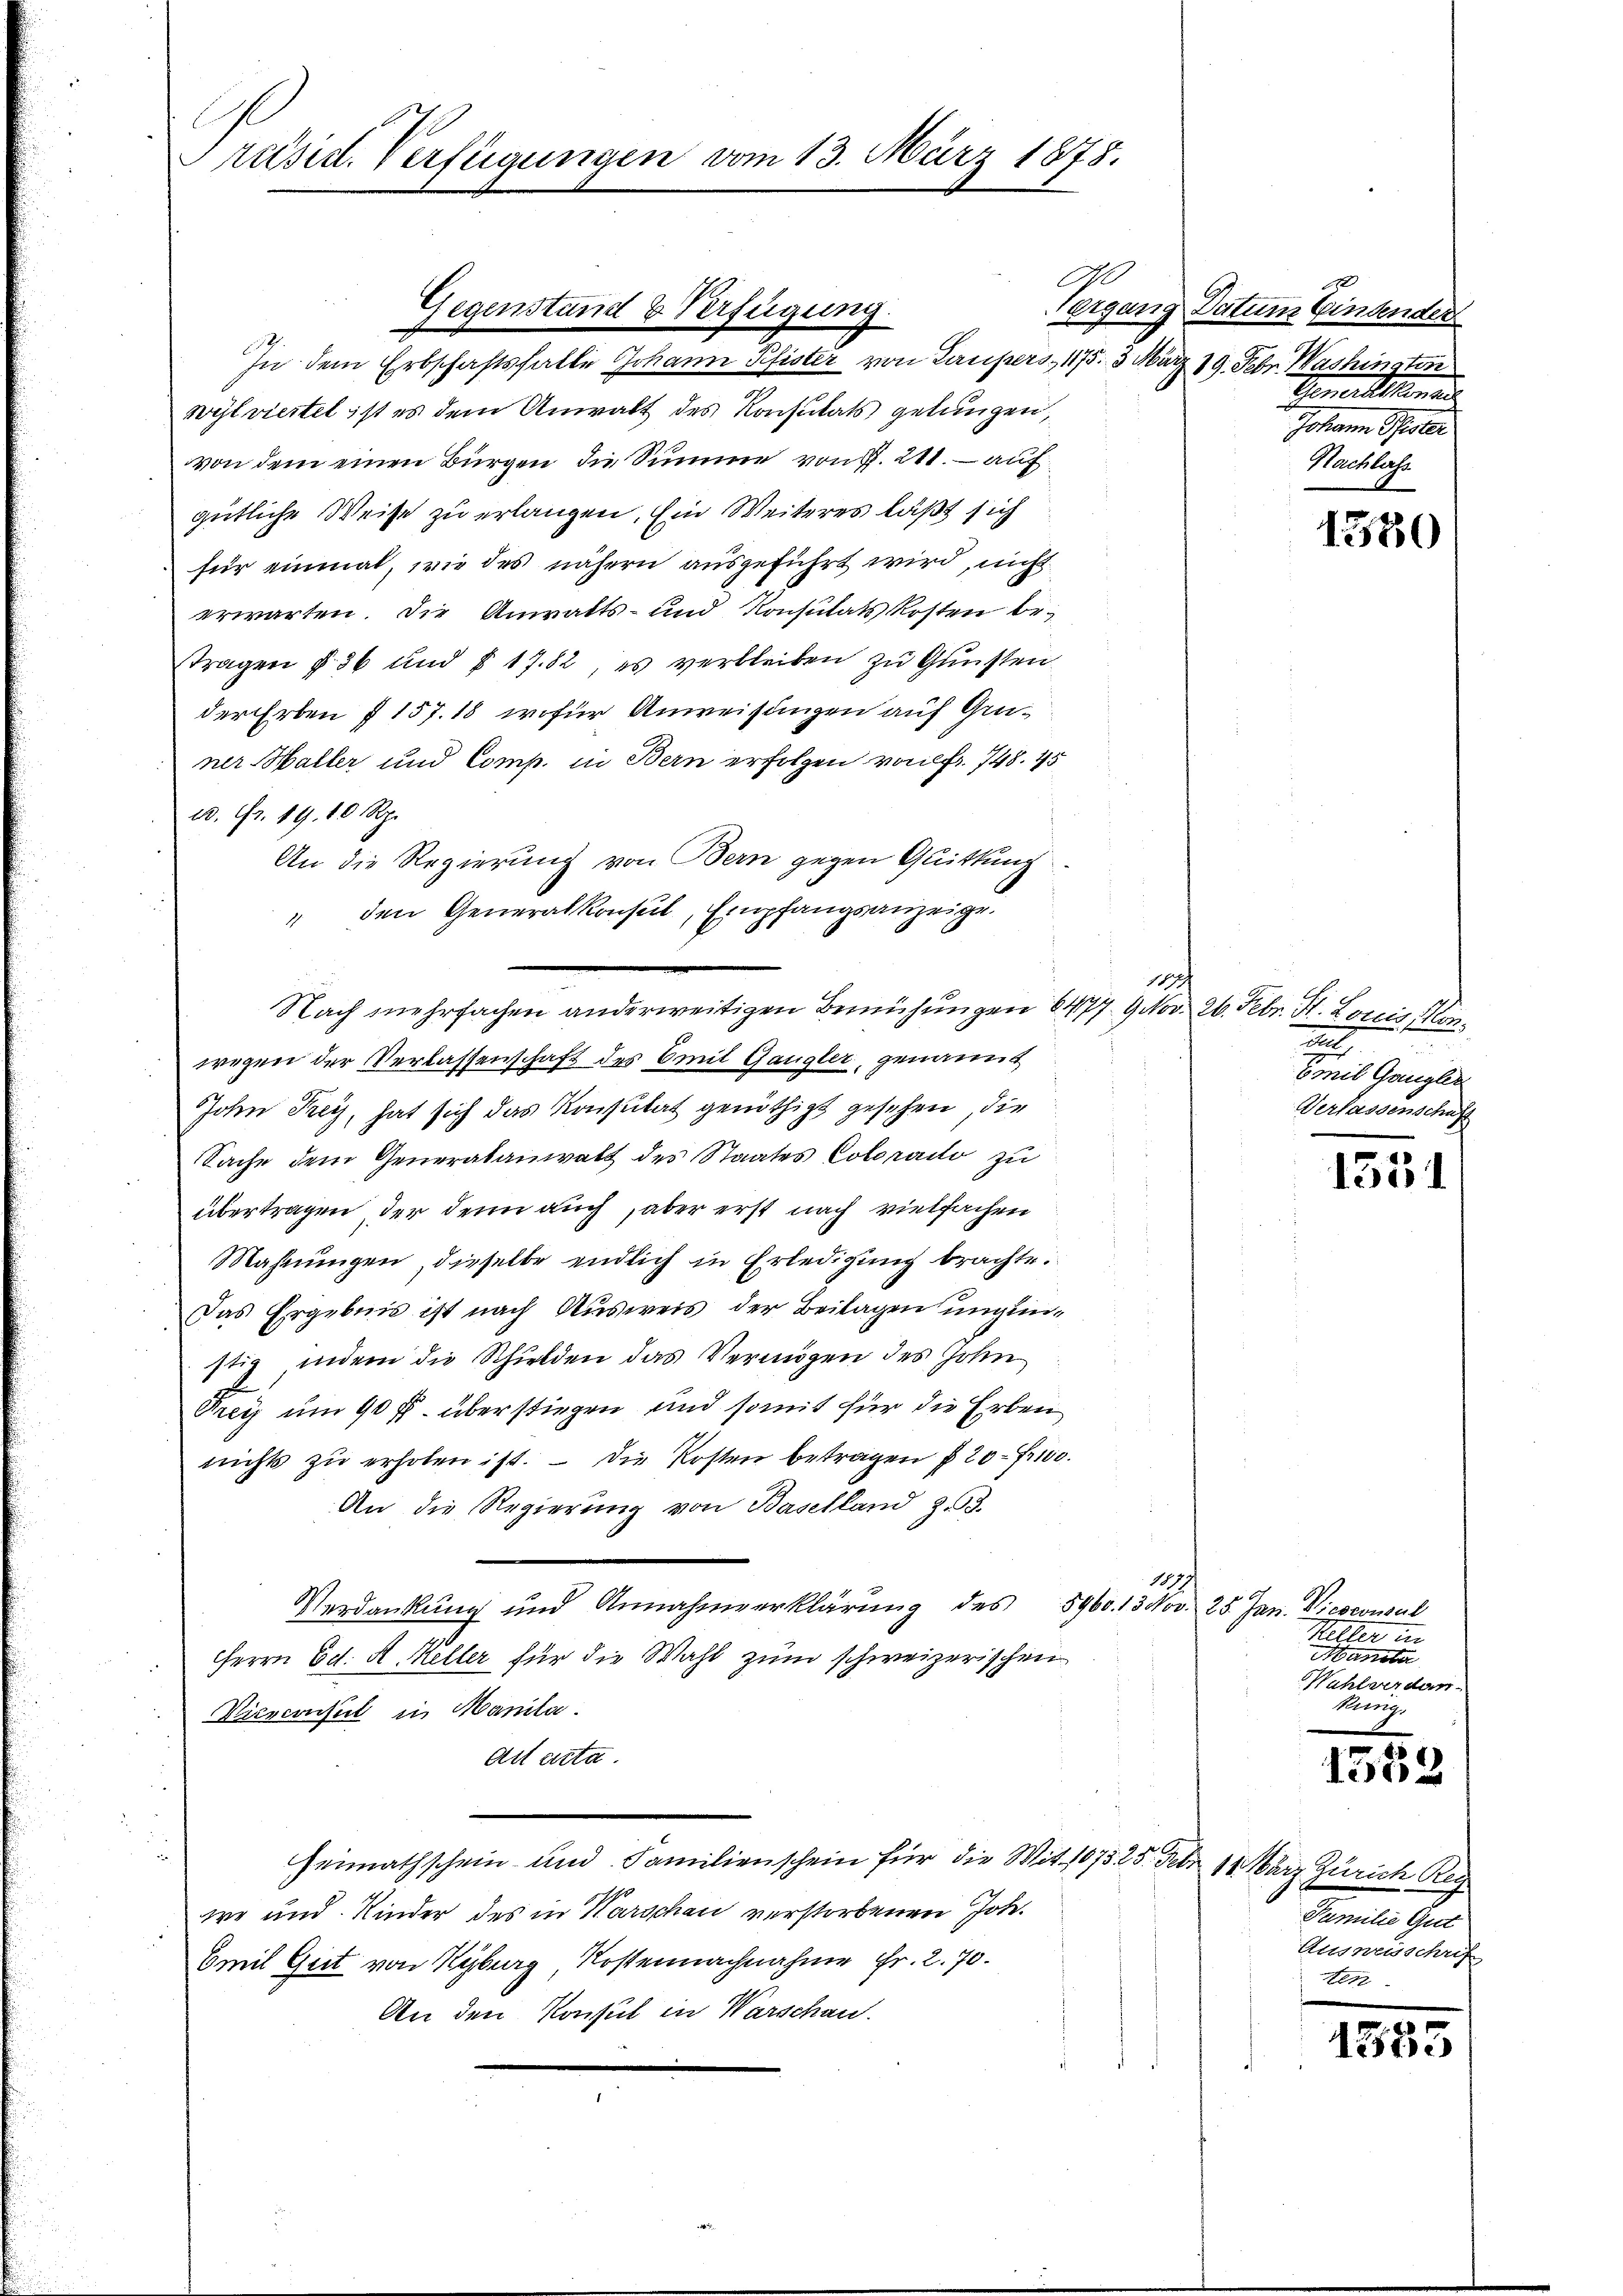
Präsid. Verfügungen vom 13. März 1878.

A
In dem Erbschaftsfalle Johann Pfister von Laupers, 1175. 3. März 19. Febr. Washingten
wylviertel ist es dem Anwalt des Konsulats gelangen,
von dem einen Bürgen die Summe von d. 211. auf
gütliche Weise zu erlangen. Ein Weiteres läßt sich
für einmal, wie des nähern ausgeführt wird, nicht
erwarten. Die Anwalts- und Konsulats kosten betragen § 36 und § 17. 82, es verbleiben zu Gunsten
der Erben § 157. 18, wofür Anweisungen auf Gruner Haller und Comp. in Bern erfolgen von fr. 748. 45
20. Fr. 19. 10 Rp.
An die Regierung von Bern gegen Quittung
" den Generalkonsul, Empfangsanzeige.
Nach mehrfachen anderweitigen Bemühungen 6477 9 Nov. 26. Febr. St. Loris Mi
wegen der Verlassenschaft des mit Gangler, genannt
John Frey, hat sich das Konsulat genöthigt gesehen, die
Sache dem Generalanwalt des Staates Colorado zu
übertragen, der denn auch, aber erst nach vielfachen
Mahnungen, dieselbe endlich in Erledigung brachte.
Das Ergebnis ist nach Ausweis der Beilagen ungunstig, indem die Schulden das Vermögen des Hohen
Prey um 90 ff. überstiegen und somit für die Erben
nichts zŭ erholen ist. Die Kosten betragen § 20 Fr.
An die Regierŭng von Baselland Z. 33.
117.
Verdankung und Annahmeerklärung des 8960. 13 Nov. 25. Jan. Vicocowal
Herrn Ed. A. Keller für die Wahl zum schweizerischen
Dierconsul in Manila.
Art dicta
Heimathschein- und Familienschein für die Mit 107325. Febr. 11 März Zürich Re
we und Kinder des in Warschau verstorbenen Joh.
Emil Giit von Kyburg Kostennachnahme Fr. 2. 70.
An den Konsul in Warschau.

Gegenstand & Verfügung.

170
Vergang Datum bindender
Gemeistanden
Johann Seiter
Nachlass

1330

18
det
e
Emil Gangler
Verlassenschaft

1531

Meller in
Hanober
Wahlverdan-
Rung.

0
e

Familie Gut
Ausweisschrif
ten

e
1355